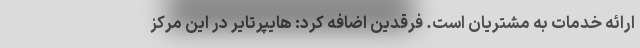
ارائه خدمات به مشتریان است. فرقدین اضافه کرد: هایپرتایر در این مرکز